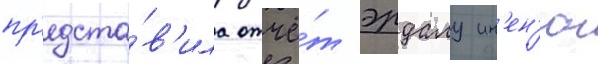
пр'едста́в'ила отчё́т эрдалу ин'ен'ю